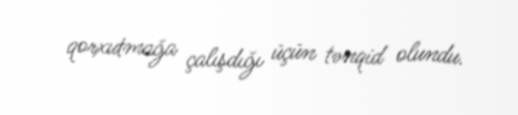
qorxutmağa çalışdığı üçün tənqid olundu.